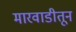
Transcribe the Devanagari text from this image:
मारवाडीतून